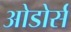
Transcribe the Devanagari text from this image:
ओडोर्स